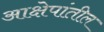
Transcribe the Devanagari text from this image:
आक्षेपांतील